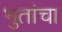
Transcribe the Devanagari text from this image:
भुतांचा